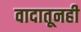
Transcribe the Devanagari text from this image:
वादातूनही